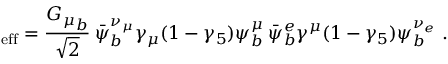
\L _ { \mathrm { e f f } } = { \frac { { G _ { \mu } } _ { b } } { \sqrt 2 } } \: \bar { \psi } _ { b } ^ { \nu _ { \mu } } \gamma _ { \mu } ( 1 - \gamma _ { 5 } ) \psi _ { b } ^ { \mu } \: \bar { \psi } _ { b } ^ { e } \gamma ^ { \mu } ( 1 - \gamma _ { 5 } ) \psi _ { b } ^ { \nu _ { e } } ~ .